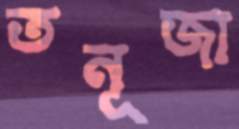
তনূজা